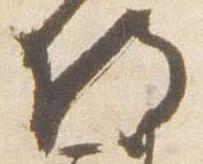
将